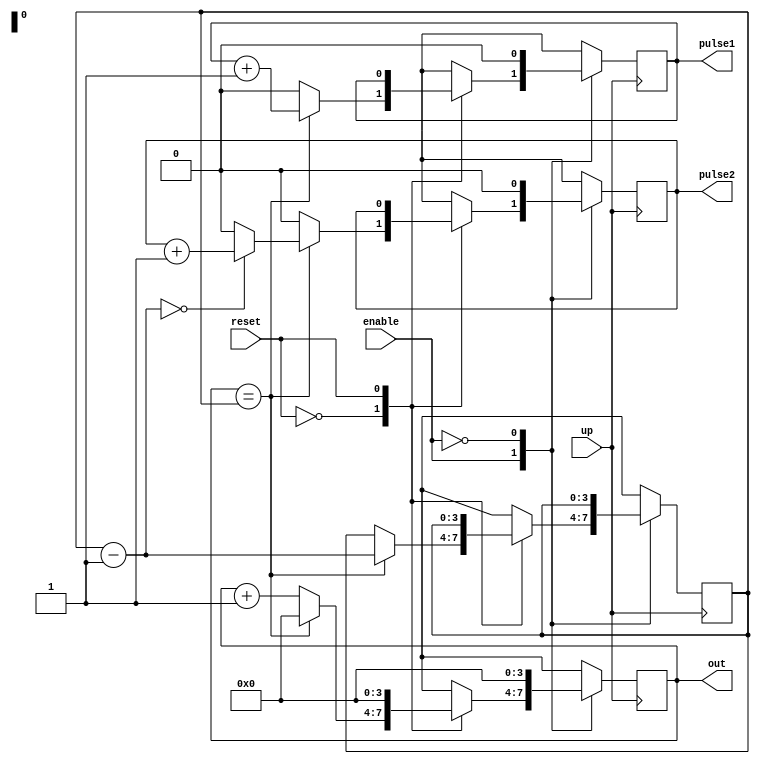
module pyramid_cntr (up, out, reset, pulse1, pulse2, enable);

input up, reset, enable;
output reg [3:0] out;
output reg pulse1, pulse2;

reg [3:0] temp = 4'b1111;
reg [3:0] flag = 4'b1111;

always @(negedge up)
	begin
		case(enable)
			1'b1:
			begin
				case(reset)
					1'b0:
					begin
					
						out<= out + 1'b1;
						
							case(out)
								flag:
								begin
								
									pulse1 <= pulse1 + 1;
									flag= flag-1;
									out <= 4'b0000;
									
										case(flag)
											4'b0000:
												pulse2 <= pulse2 + 1;
												
											default:
												begin
													pulse1 <= pulse1 + 1;
													pulse2 <= 0;
												end
										endcase
							end
								
					default:
					begin
					
						pulse1 = 1'b0;
						pulse2 = 1'b0;
					end
					endcase
					end
					1'b1:
						out <= 4'b0000;
				endcase
			end
					1'b0:
					begin
						pulse1 = 1'b0;
						pulse2 = 1'b0;
						out <= 4'b0000;
					end
				endcase
			end
	endmodule